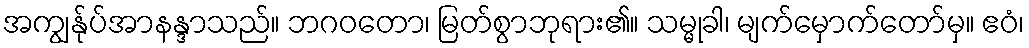
အကျွန်ုပ်အာနန္ဒာသည်။ ဘဂဝတော၊ မြတ်စွာဘုရား၏။ သမ္မုခါ၊ မျက်မှောက်တော်မှ။ ဧဝံ၊